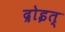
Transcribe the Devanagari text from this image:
द्रोइत्